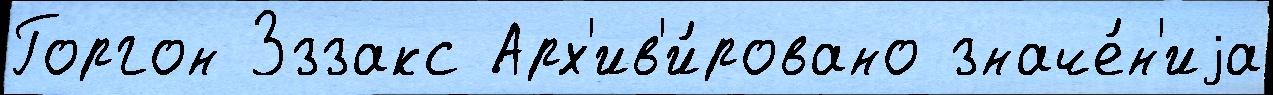
Горгон Зззакс Арх'ив'и́ровано значе́н'иjа